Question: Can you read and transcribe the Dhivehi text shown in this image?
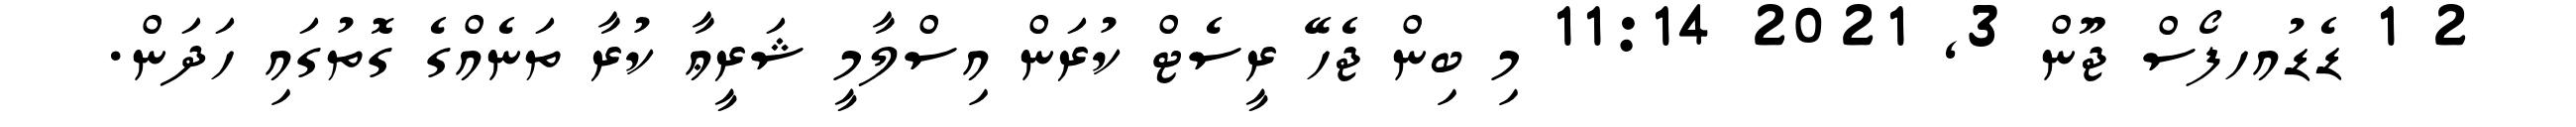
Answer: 2 1 ޑެޑުއހފޯސް ޖޫން 3, 2021 11:14 މި ބިން ޖެހޭ ރީސެޓް ކުރަން އިސްލާމީ ޝަރީޢާ ކުރާ ތަނެއްގެ ގޮތުގައި ހަދަން.